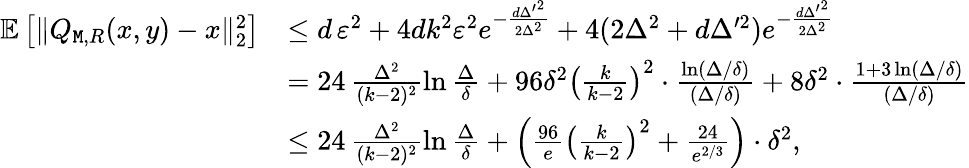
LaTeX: \begin{array}{rl}{\mathbb{E}\left[\| Q_{{\tt M},R}(x,y)-x\| _{2}^{2}\right]}&{\leq d\, \varepsilon^{2}+4dk^{2}\varepsilon^{2}e^{-\frac{d{\Delta^{\prime}}^{2}}{2\Delta^{2}}}+4(2\Delta^{2}+d\Delta^{\prime 2})e^{-\frac{d{\Delta^{\prime}}^{2}}{2\Delta^{2}}}}\\ &{=24\, \frac{\Delta^{2}}{(k-2)^{2}}\ln\frac\Delta\delta+96\delta^{2}\left(\frac{k}{k-2}\right)^{2}\cdot\frac{\ln(\Delta/\delta)}{(\Delta/\delta)}+8\delta^{2}\cdot\frac{1+3\ln(\Delta/\delta)}{(\Delta/\delta)}}\\ &{\leq 24\, \frac{\Delta^{2}}{(k-2)^{2}}\ln\frac\Delta\delta+\left(\frac{96}{e}\left(\frac{k}{k-2}\right)^{2}+\frac{24}{e^{2/3}}\right)\cdot\delta^{2},}\end{array}